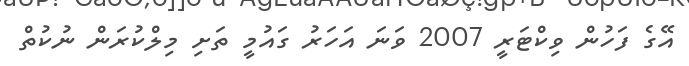
އޭގެ ފަހުން ވިކްޓަރީ 2007 ވަނަ އަހަރު ގައުމީ ތަށި މިލްކުރަން ނުކުތް